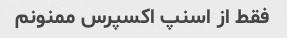
فقط از اسنپ اکسپرس ممنونم